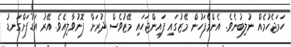
ހަމަޖެހުމެއް ނުލިބުނެވެ. އެންމެފަހުން މޭޒުގައި ފައިންޖަހައި މޭޒުވެސް ދުރަށް ފޮނުވާލިއެވެ. އޭރު އަޑުފަށްގަނޑު